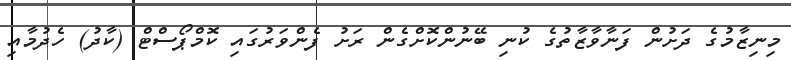
މިނިޒާމުގެ ދަށުން ފަނާވާޒާތުގެ ކުނި ބޭނުންކޮށްގެން ރަށު ފެންވަރުގައި ކޮމްޕޯސްޓް (ކާދު) ހެދުމާއި